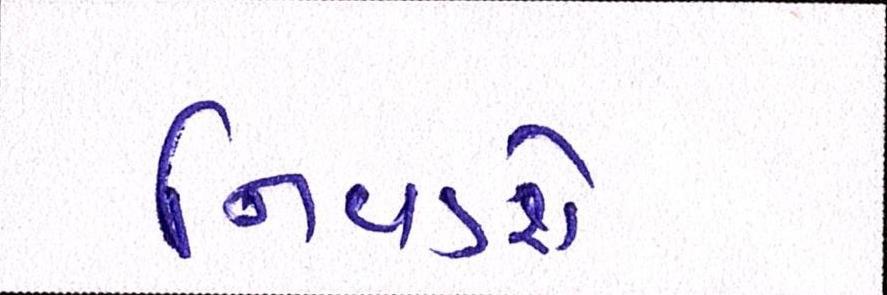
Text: નિવડશે